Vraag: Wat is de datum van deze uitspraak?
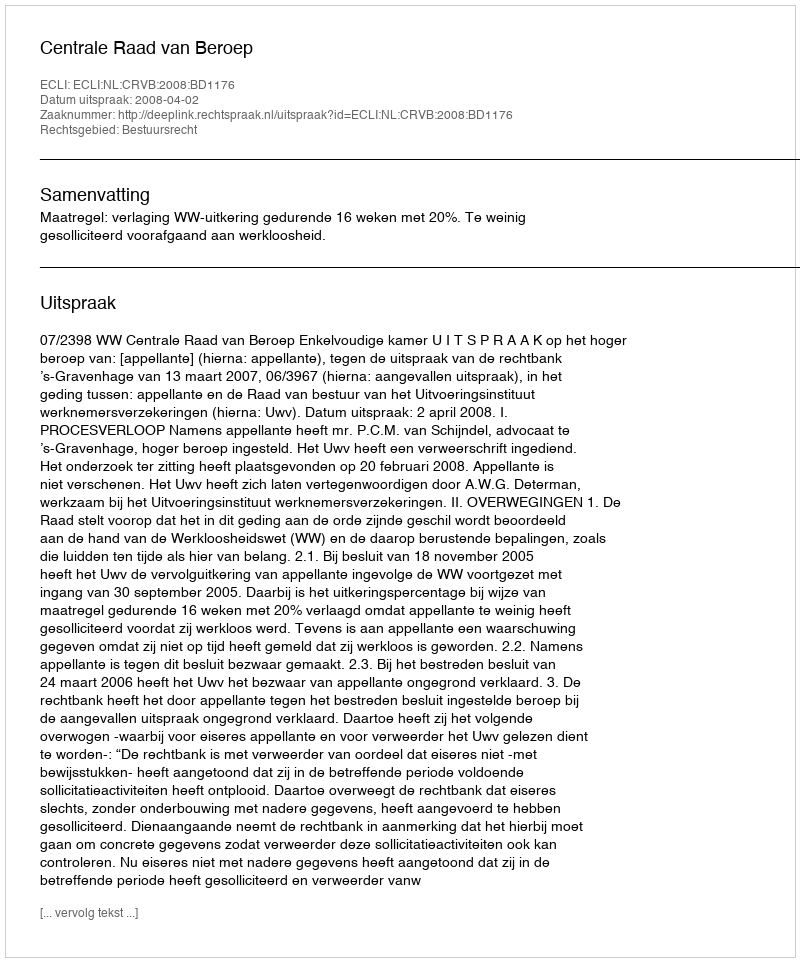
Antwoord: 2008-04-02